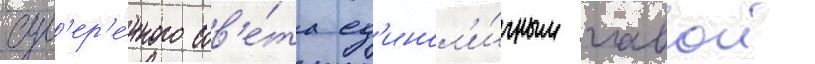
сув'ер'е́нного сов'е́та ед'инол'и́чным главои